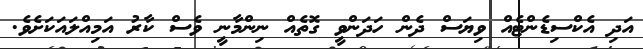
އަދި އެކްސިޑެންޓެއް ވިޔަސް ދެން ހަދަންވީ ގޮތެއް ނިންމާނީ ވެސް ކާރު އަމިއްލައަކަށެވެ.